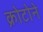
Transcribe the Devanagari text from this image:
क्रोटोने